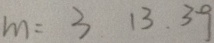
m = 3 . 1 3 , 3 9